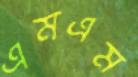
এমএম